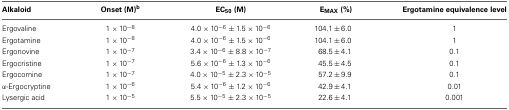
| Alkaloid | Onset (M)b | EC50 (M) | EMAX (%) | Ergotamine equivalence level |
 | --- | --- | --- | --- | --- |
 | Ergovaline | 1 × 10−8 | 4.0 × 10−6 ± 1.5 × 10−6 | 104.1 ± 6.0 | 1 |
 | Ergotamine | 1 × 10−8 | 4.0 × 10−6 ± 1.5 × 10−6 | 104.1 ± 6.0 | 1 |
 | Ergonovine | 1 × 10−7 | 3.4 × 10−6 ± 8.8 × 10−7 | 68.5 ± 4.1 | 0.1 |
 | Ergocristine | 1 × 10−7 | 5.6 × 10−6 ± 1.3 × 10−6 | 45.5 ± 4.5 | 0.1 |
 | Ergocornine | 1 × 10−7 | 4.0 × 10−5 ± 2.3 × 10−5 | 57.2 ± 9.9 | 0.1 |
 | α-Ergocryptine | 1 × 10−6 | 5.4 × 10−6 ± 1.2 × 10−6 | 42.9 ± 4.1 | 0.01 |
 | Lysergic acid | 1 × 10−5 | 5.5 × 10−5 ± 2.3 × 10−5 | 22.6 ± 4.1 | 0.001 |